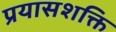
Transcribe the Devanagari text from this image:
प्रयासशक्ति